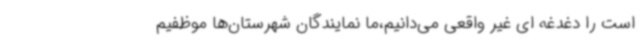
است را دغدغه ای غیر واقعی می‌دانیم،ما نمایندگان شهرستان‌ها موظفیم